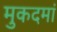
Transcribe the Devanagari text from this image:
मुकदमां